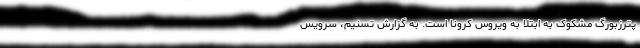
پترزبورگ مشکوک به ابتلا به ویروس کرونا است. به گزارش تسنیم، سرویس